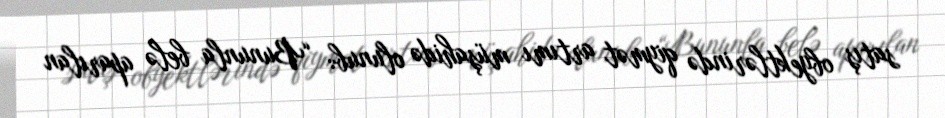
satış obyektlərində qiymət artımı müşahidə olunub: “Bununla belə aparılan